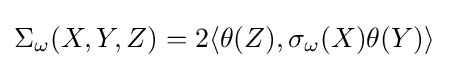
\Sigma _{\omega }(X,Y,Z)=2\langle \theta (Z),\sigma _{\omega }(X)\theta (Y)\rangle